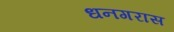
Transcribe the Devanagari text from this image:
धनगरास